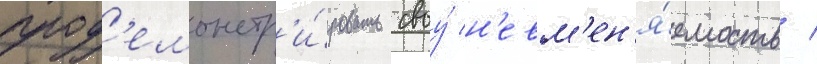
прод'емонстр'и́ровать своу́ н'евм'ен'я́емость /